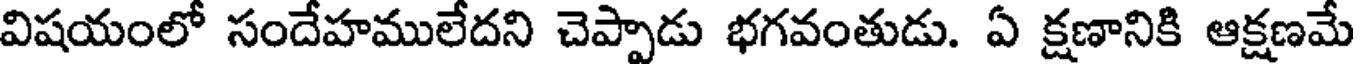
విషయంలో సందేహములేదని చెప్పాడు భగవంతుడు. ఏ క్షణానికి ఆక్షణమే